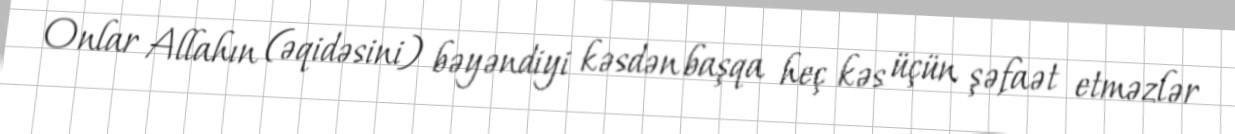
Onlar Allahın (əqidəsini) bəyəndiyi kəsdən başqa heç kəs üçün şəfaət etməzlər